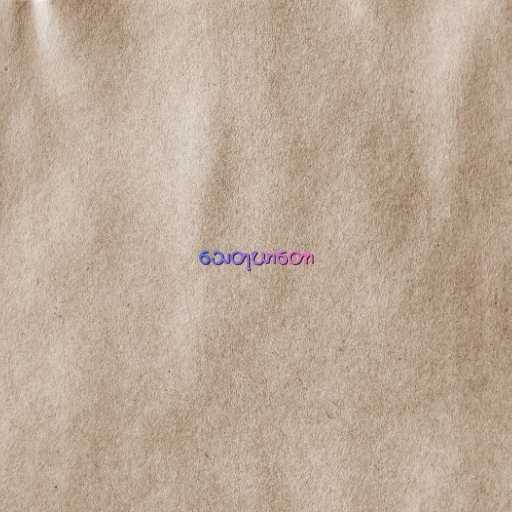
သေတုဃာတော